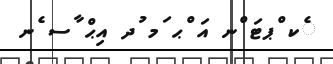
ެކ ްޕޓަ ްނ އަ ްޙ ަމ ުދ އިޙް ާސ ެނ